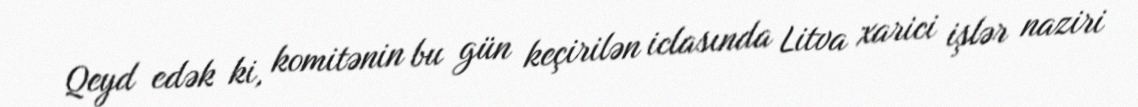
Qeyd edək ki, komitənin bu gün keçirilən iclasında Litva xarici işlər naziri